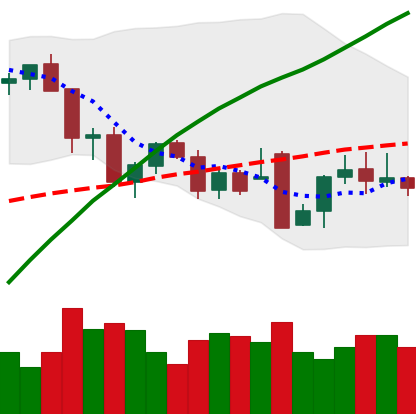
Ticker: BTC-USD
Chart end date: 2021-12-02
Forward return: -10.23%
Label: down_7plus